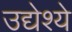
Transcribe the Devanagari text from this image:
उद्येश्ये